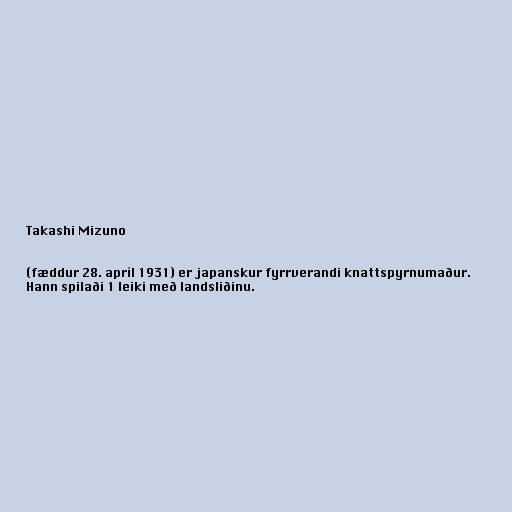
Takashi Mizuno

(fæddur 28. apríl 1931) er japanskur fyrrverandi knattspyrnumaður.
Hann spilaði 1 leiki með landsliðinu.